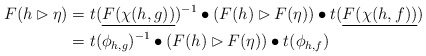
\begin{align*}F(h\rhd \eta)&=t(\underline{F(\chi(h,g))})^{-1}\bullet (F(h)\rhd F(\eta))\bullet t(\underline{F(\chi(h,f))})\\&=t(\phi_{h,g})^{-1}\bullet (F(h)\rhd F(\eta))\bullet t(\phi_{h,f})\end{align*}